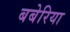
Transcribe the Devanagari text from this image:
बबेरिया